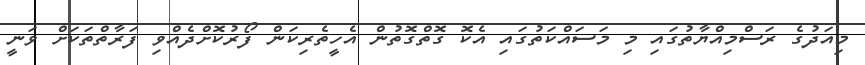
މިއަދުގެ ރަސްމިއްޔާތުގައި މި މަސައްކަތުގައި އެކޮ ގޮތްގޮތުން އެހީތެރިކަން ފޯރުކޮށްދެއްވި ފަރާތްތަކަށް ވަނީ